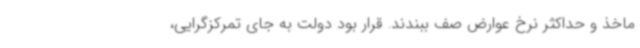
ماخذ و حداکثر نرخ عوارض صف ببندند. قرار بود دولت به جای تمرکزگرایی،